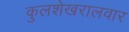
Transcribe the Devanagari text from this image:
कुलशेखरालवार